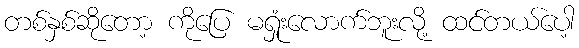
တစ်နှစ်ဆိုတော့ ကိုပြေ မရှုံးလောက်ဘူးလို့ ထင်တယ်ပေါ့